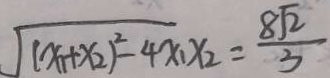
\sqrt { ( x _ { 1 } + x _ { 2 } ) ^ { 2 } - 4 x _ { 1 } x _ { 2 } } = \frac { 8 \sqrt { 2 } } { 3 }